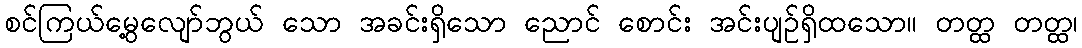
စင်ကြယ်မွေ့လျော်ဘွယ် သော အခင်းရှိသော ညောင် စောင်း အင်းပျဉ်ရှိထသော။ တတ္ထ တတ္ထ၊